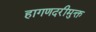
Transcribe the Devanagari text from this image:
हागणदरीमुक्त